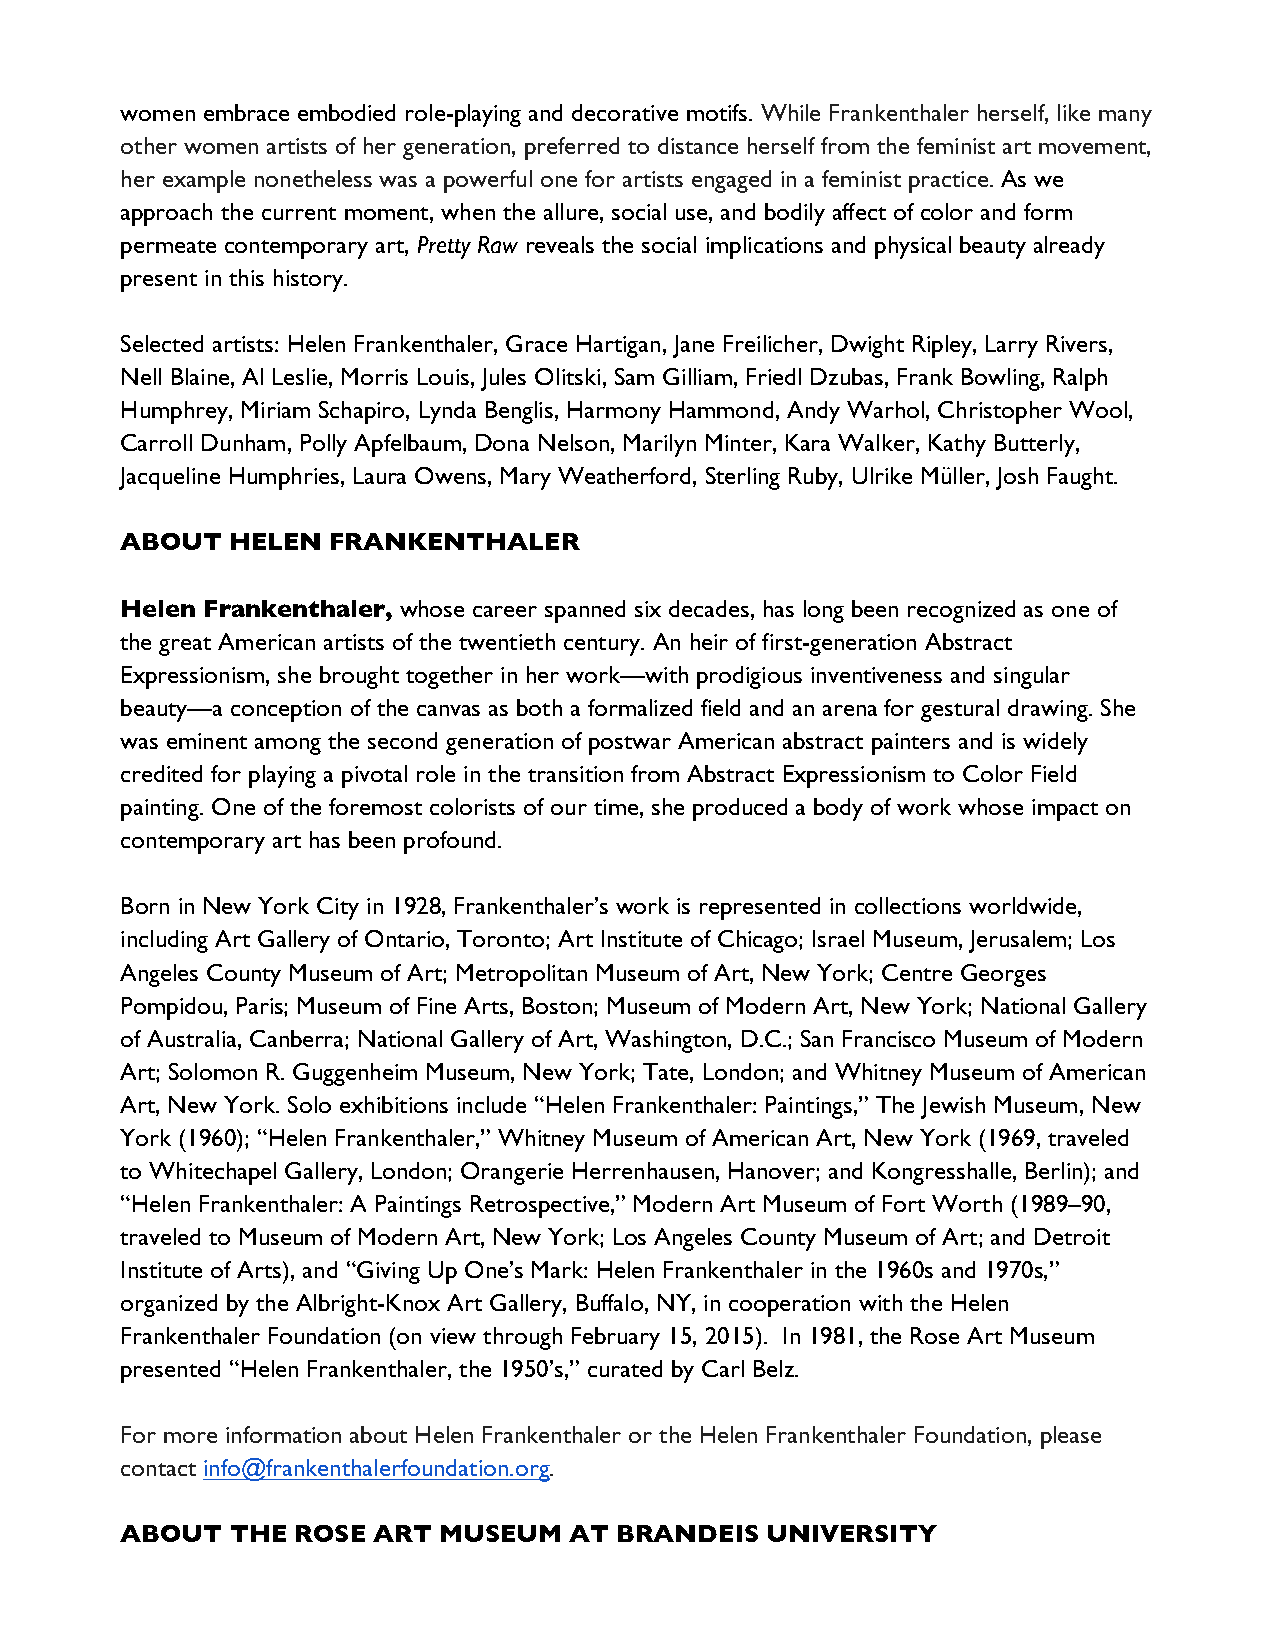
women embrace embodied role-playing and decorative motifs. While Frankenthaler herself, like many
 other women artists of her generation, preferred to distance herself from the feminist art movement,
 her example nonetheless was a powerful one for artists engaged in a feminist practice. As we
 approach the current moment, when the allure, social use, and bodily affect of color and form
 permeate contemporary art, Pretty Raw reveals the social implications and physical beauty already
 present in this history.
 Selected artists: Helen Frankenthaler, Grace Hartigan, Jane Freilicher, Dwight Ripley, Larry Rivers,
 Nell Blaine, Al Leslie, Morris Louis, Jules Olitski, Sam Gilliam, Friedl Dzubas, Frank Bowling, Ralph
 Humphrey, Miriam Schapiro, Lynda Benglis, Harmony Hammond, Andy Warhol, Christopher Wool,
 Carroll Dunham, Polly Apfelbaum, Dona Nelson, Marilyn Minter, Kara Walker, Kathy Butterly,
 Jacqueline Humphries, Laura Owens, Mary Weatherford, Sterling Ruby, Ulrike Müller, Josh Faught.
 ABOUT  HELEN  FRANKENTHALER
 Helen Frankenthaler, whose career spanned six decades, has long been recognized as one of
 the great American artists of the twentieth century. An heir of first-generation Abstract
 Expressionism, she brought together in her work—with prodigious inventiveness and singular
 beauty—a conception of the canvas as both a formalized field and an arena for gestural drawing. She
 was eminent among the second generation of postwar American abstract painters and is widely
 credited for playing a pivotal role in the transition from Abstract Expressionism to Color Field
 painting. One of the foremost colorists of our time, she produced a body of work whose impact on
 contemporary art has been profound.
 Born in New York City in 1928, Frankenthaler’s work is represented in collections worldwide,
 including Art Gallery of Ontario, Toronto; Art Institute of Chicago; Israel Museum, Jerusalem; Los
 Angeles County Museum of Art; Metropolitan Museum of Art, New York; Centre Georges
 Pompidou, Paris; Museum of Fine Arts, Boston; Museum of Modern Art, New York; National Gallery
 of Australia, Canberra; National Gallery of Art, Washington, D.C.; San Francisco Museum of Modern
 Art; Solomon R. Guggenheim Museum, New York; Tate, London; and Whitney Museum of American
 Art, New York. Solo exhibitions include “Helen Frankenthaler: Paintings,” The Jewish Museum, New
 York (1960); “Helen Frankenthaler,” Whitney Museum of American Art, New York (1969, traveled
 to Whitechapel Gallery, London; Orangerie Herrenhausen, Hanover; and Kongresshalle, Berlin); and
 “Helen Frankenthaler: A Paintings Retrospective,” Modern Art Museum of Fort Worth (1989–90,
 traveled to Museum of Modern Art, New York; Los Angeles County Museum of Art; and Detroit
 Institute of Arts), and “Giving Up One’s Mark: Helen Frankenthaler in the 1960s and 1970s,”
 organized by the Albright-Knox Art Gallery, Buffalo, NY, in cooperation with the Helen
 Frankenthaler Foundation (on view through February 15, 2015). In 1981, the Rose Art Museum
 presented “Helen Frankenthaler, the 1950’s,” curated by Carl Belz.
 For more information about Helen Frankenthaler or the Helen Frankenthaler Foundation, please
 contact info@frankenthalerfoundation.org.
 ABOUT  THE ROSE  ART MUSEUM   AT BRANDEIS  UNIVERSITY